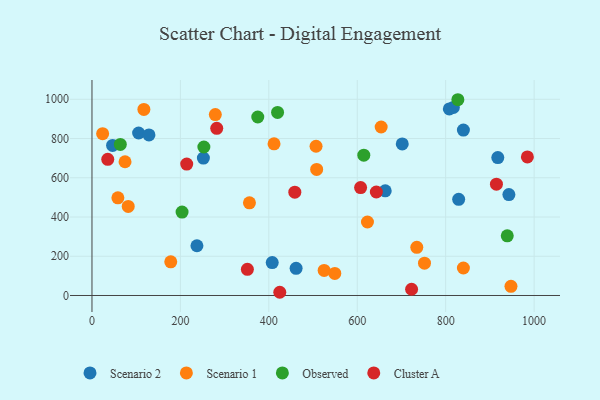
{"axis": {"x": "Investment", "y": "Fuel Efficiency"}, "legend": ["Cluster A", "Observed", "Scenario 1", "Scenario 2"], "data": [{"x": "663.3", "y": 533.5, "type": "Scenario 2"}, {"x": "817.4", "y": 958.5, "type": "Scenario 2"}, {"x": "46.6", "y": 765.0, "type": "Scenario 2"}, {"x": "461.7", "y": 138.6, "type": "Scenario 2"}, {"x": "808.3", "y": 950.7, "type": "Scenario 2"}, {"x": "105.5", "y": 828.3, "type": "Scenario 2"}, {"x": "943.0", "y": 514.3, "type": "Scenario 2"}, {"x": "252.0", "y": 700.3, "type": "Scenario 2"}, {"x": "128.9", "y": 818.3, "type": "Scenario 2"}, {"x": "829.4", "y": 490.3, "type": "Scenario 2"}, {"x": "701.8", "y": 772.3, "type": "Scenario 2"}, {"x": "237.4", "y": 253.6, "type": "Scenario 2"}, {"x": "840.1", "y": 843.3, "type": "Scenario 2"}, {"x": "917.9", "y": 703.0, "type": "Scenario 2"}, {"x": "407.7", "y": 168.0, "type": "Scenario 2"}, {"x": "947.7", "y": 46.9, "type": "Scenario 1"}, {"x": "178.2", "y": 171.6, "type": "Scenario 1"}, {"x": "506.8", "y": 760.6, "type": "Scenario 1"}, {"x": "24.1", "y": 825.0, "type": "Scenario 1"}, {"x": "525.1", "y": 127.9, "type": "Scenario 1"}, {"x": "623.1", "y": 374.7, "type": "Scenario 1"}, {"x": "356.2", "y": 472.3, "type": "Scenario 1"}, {"x": "117.4", "y": 948.4, "type": "Scenario 1"}, {"x": "82.0", "y": 453.9, "type": "Scenario 1"}, {"x": "411.8", "y": 773.2, "type": "Scenario 1"}, {"x": "279.0", "y": 921.9, "type": "Scenario 1"}, {"x": "840.1", "y": 140.2, "type": "Scenario 1"}, {"x": "549.2", "y": 112.7, "type": "Scenario 1"}, {"x": "508.2", "y": 642.4, "type": "Scenario 1"}, {"x": "58.6", "y": 497.6, "type": "Scenario 1"}, {"x": "654.1", "y": 858.8, "type": "Scenario 1"}, {"x": "752.1", "y": 164.5, "type": "Scenario 1"}, {"x": "74.8", "y": 681.6, "type": "Scenario 1"}, {"x": "734.7", "y": 245.3, "type": "Scenario 1"}, {"x": "419.8", "y": 933.2, "type": "Observed"}, {"x": "375.0", "y": 909.8, "type": "Observed"}, {"x": "827.6", "y": 997.8, "type": "Observed"}, {"x": "614.8", "y": 715.2, "type": "Observed"}, {"x": "253.1", "y": 756.9, "type": "Observed"}, {"x": "939.3", "y": 303.9, "type": "Observed"}, {"x": "203.8", "y": 425.0, "type": "Observed"}, {"x": "64.1", "y": 770.2, "type": "Observed"}, {"x": "984.8", "y": 706.3, "type": "Cluster A"}, {"x": "458.8", "y": 526.8, "type": "Cluster A"}, {"x": "424.8", "y": 16.4, "type": "Cluster A"}, {"x": "722.9", "y": 31.7, "type": "Cluster A"}, {"x": "643.2", "y": 527.5, "type": "Cluster A"}, {"x": "214.3", "y": 669.9, "type": "Cluster A"}, {"x": "35.7", "y": 694.2, "type": "Cluster A"}, {"x": "351.5", "y": 133.6, "type": "Cluster A"}, {"x": "282.2", "y": 851.8, "type": "Cluster A"}, {"x": "914.8", "y": 567.4, "type": "Cluster A"}, {"x": "607.6", "y": 550.1, "type": "Cluster A"}]}